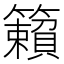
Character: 籟